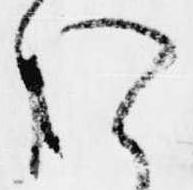
お